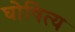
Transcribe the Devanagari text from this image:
घोषित्य